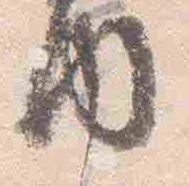
内